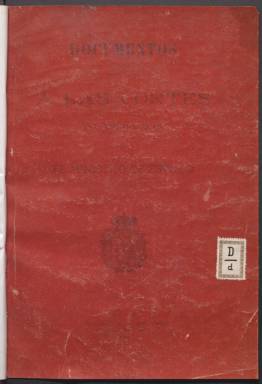
Título: Documentos presentados a las Cortes en la legislatura de ... por el Ministro de Estado
Colección: Anuarios e informes
Ámbito geográfico: Madrid
Lugar de publicación: Madrid
Fechas: 01/01/1889-31/12/1921